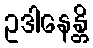
ဥဒါနေန္တိ